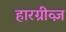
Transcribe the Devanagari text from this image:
हारग्रीव्ज़